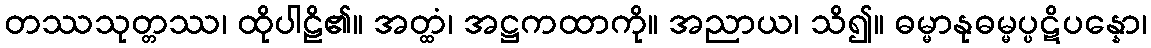
တဿသုတ္တဿ၊ ထိုပါဠိ၏။ အတ္ထံ၊ အဋ္ဌကထာကို။ အညာယ၊ သိ၍။ ဓမ္မာနုဓမ္မပ္ပဋိပန္နော၊